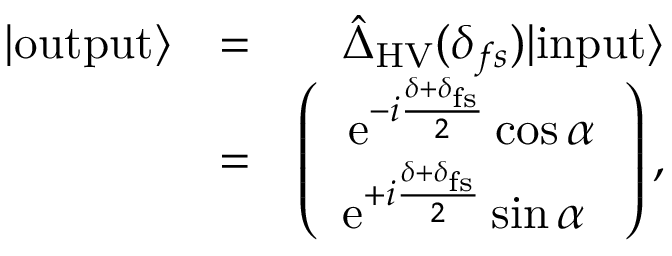
\begin{array} { r l r } { | \mathrm { o u t p u t } \rangle } & { = } & { \hat { \Delta } _ { \mathrm { H V } } ( \delta _ { f s } ) | \mathrm { i n p u t } \rangle } \\ & { = } & { \left( \begin{array} { c } { \mathrm { e } ^ { - i \frac { \delta + \delta _ { \mathrm { f s } } } { 2 } } \cos \alpha } \\ { \mathrm { e } ^ { + i \frac { \delta + \delta _ { \mathrm { f s } } } { 2 } } \sin \alpha \ } \end{array} \right) , } \end{array}